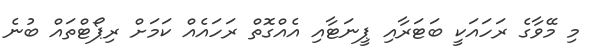
މި މޭވާގެ ރަހައަކީ ބަޓަރާއި ޕީނަޓާއި އެއްގޮތް ރަހައެއް ކަމަށް ރިޕޯޓްތައް ބުނެ